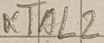
Text: XTAL2